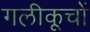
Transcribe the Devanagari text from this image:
गलीकूचों